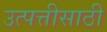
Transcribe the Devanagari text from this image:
उत्पत्तीसाठी